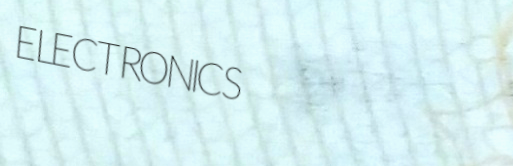
ELECTRONICS